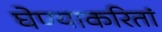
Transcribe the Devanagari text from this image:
घेण्याकरितां